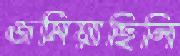
জমিয়াছিলি